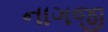
નાગજી